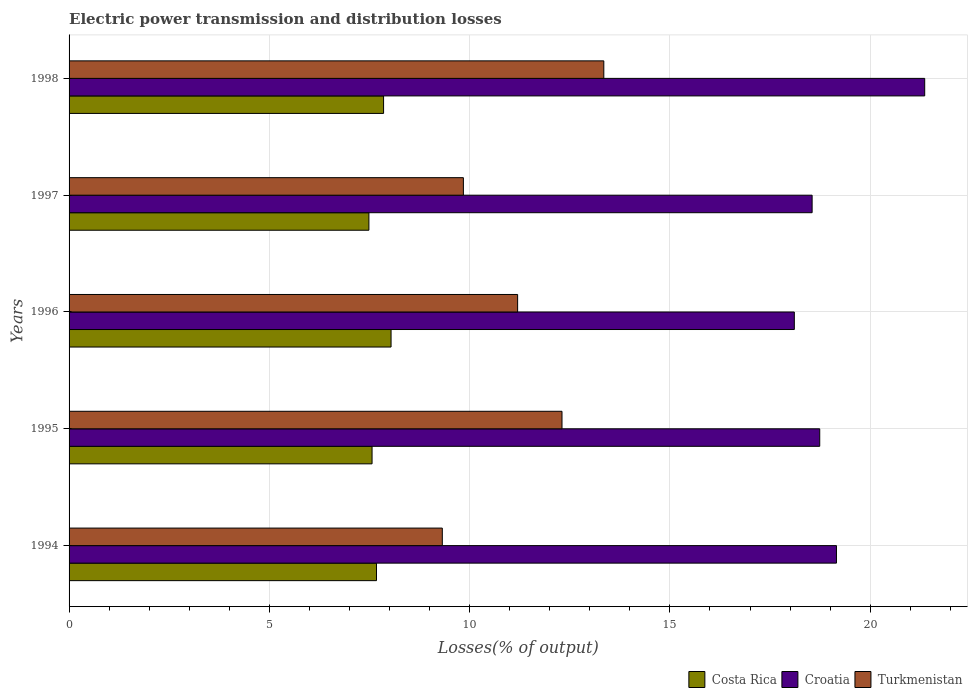
| Years | Costa Rica | Croatia | Turkmenistan |
 | --- | --- | --- | --- |
 | 1994 | 7.68 | 19.2 | 9.32 |
 | 1995 | 7.56 | 18.7 | 12.3 |
 | 1996 | 8.04 | 18.1 | 11.2 |
 | 1997 | 7.49 | 18.6 | 9.84 |
 | 1998 | 7.85 | 21.4 | 13.3 |